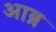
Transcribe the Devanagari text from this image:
आब्र